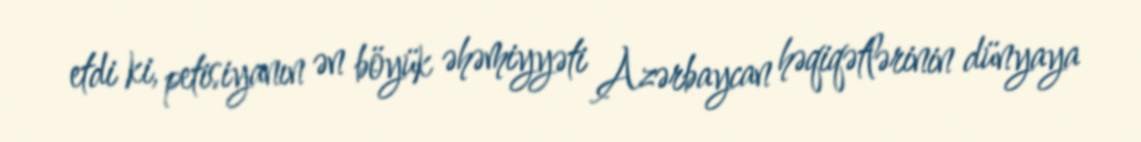
etdi ki, petisiyanın ən böyük əhəmiyyəti Azərbaycan həqiqətlərinin dünyaya